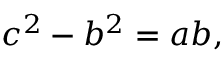
c ^ { 2 } - b ^ { 2 } = a b ,